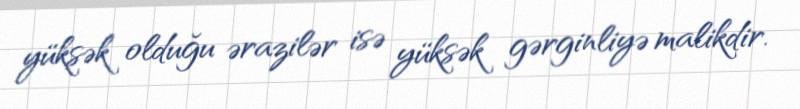
yüksək olduğu ərazilər isə yüksək gərginliyə malikdir.